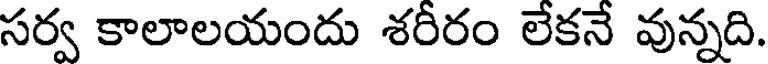
సర్వ కాలాలయందు శరీరం లేకనే వున్నది.